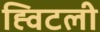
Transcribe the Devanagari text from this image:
ह्विटली